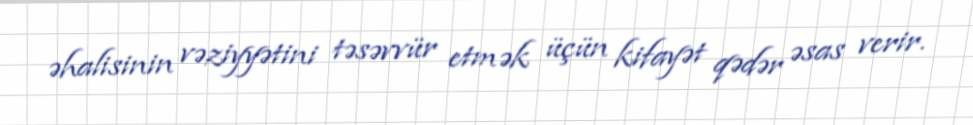
əhalisinin vəziyyətini təsəvvür etmək üçün kifayət qədər əsas verir.